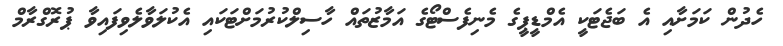
ހެދުން ކަމަށާއި އެ ބަޖެޓަކީ އެމްޑީޕީގެ މެނިފެސްޓޯގެ އަމާޒުތައް ހާސިލްކުރުމަށްޓަކައި އެކުލަވާލެވިފައިވާ ޕުރޮގްރާމް